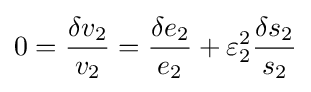
0={\frac {\delta v_{2}}{v_{2}}}={\frac {\delta e_{2}}{e_{2}}}+\varepsilon _{2}^{2}{\frac {\delta s_{2}}{s_{2}}}